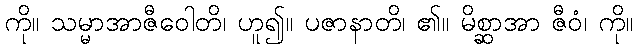
ကို။ သမ္မာအာဇီဝေါတိ၊ ဟူ၍။ ပဇာနာတိ၊ ၏။ မိစ္ဆာအာ ဇီဝံ၊ ကို။